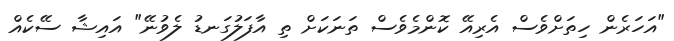
"އަހަރެން ހިތަށްވެސް އެރިއޭ ކޮންމެވެސް ތަނަކަށް ތި އާފަލުގަނޑު ލެވުނޭ" އައިޝާ ސޭކެއް